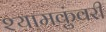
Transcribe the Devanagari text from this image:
श्यामकुंवरी